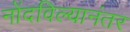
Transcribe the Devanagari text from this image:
नोंदविल्यानंतर